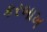
કરબાખ